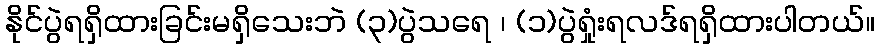
နိုင်ပွဲရရှိထားခြင်းမရှိသေးဘဲ (၃)ပွဲသရေ ၊ (၁)ပွဲရှုံးရလဒ်ရရှိထားပါတယ်။